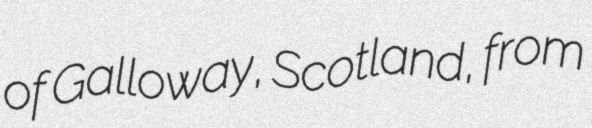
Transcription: of Galloway, Scotland, from